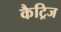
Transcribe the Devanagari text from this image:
कैट्रिज